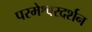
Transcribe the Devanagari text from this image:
परमेश्वरदर्शन